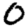
Digit: 0